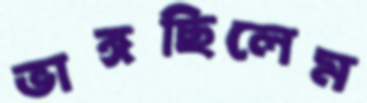
ভাঙ্গছিলেম